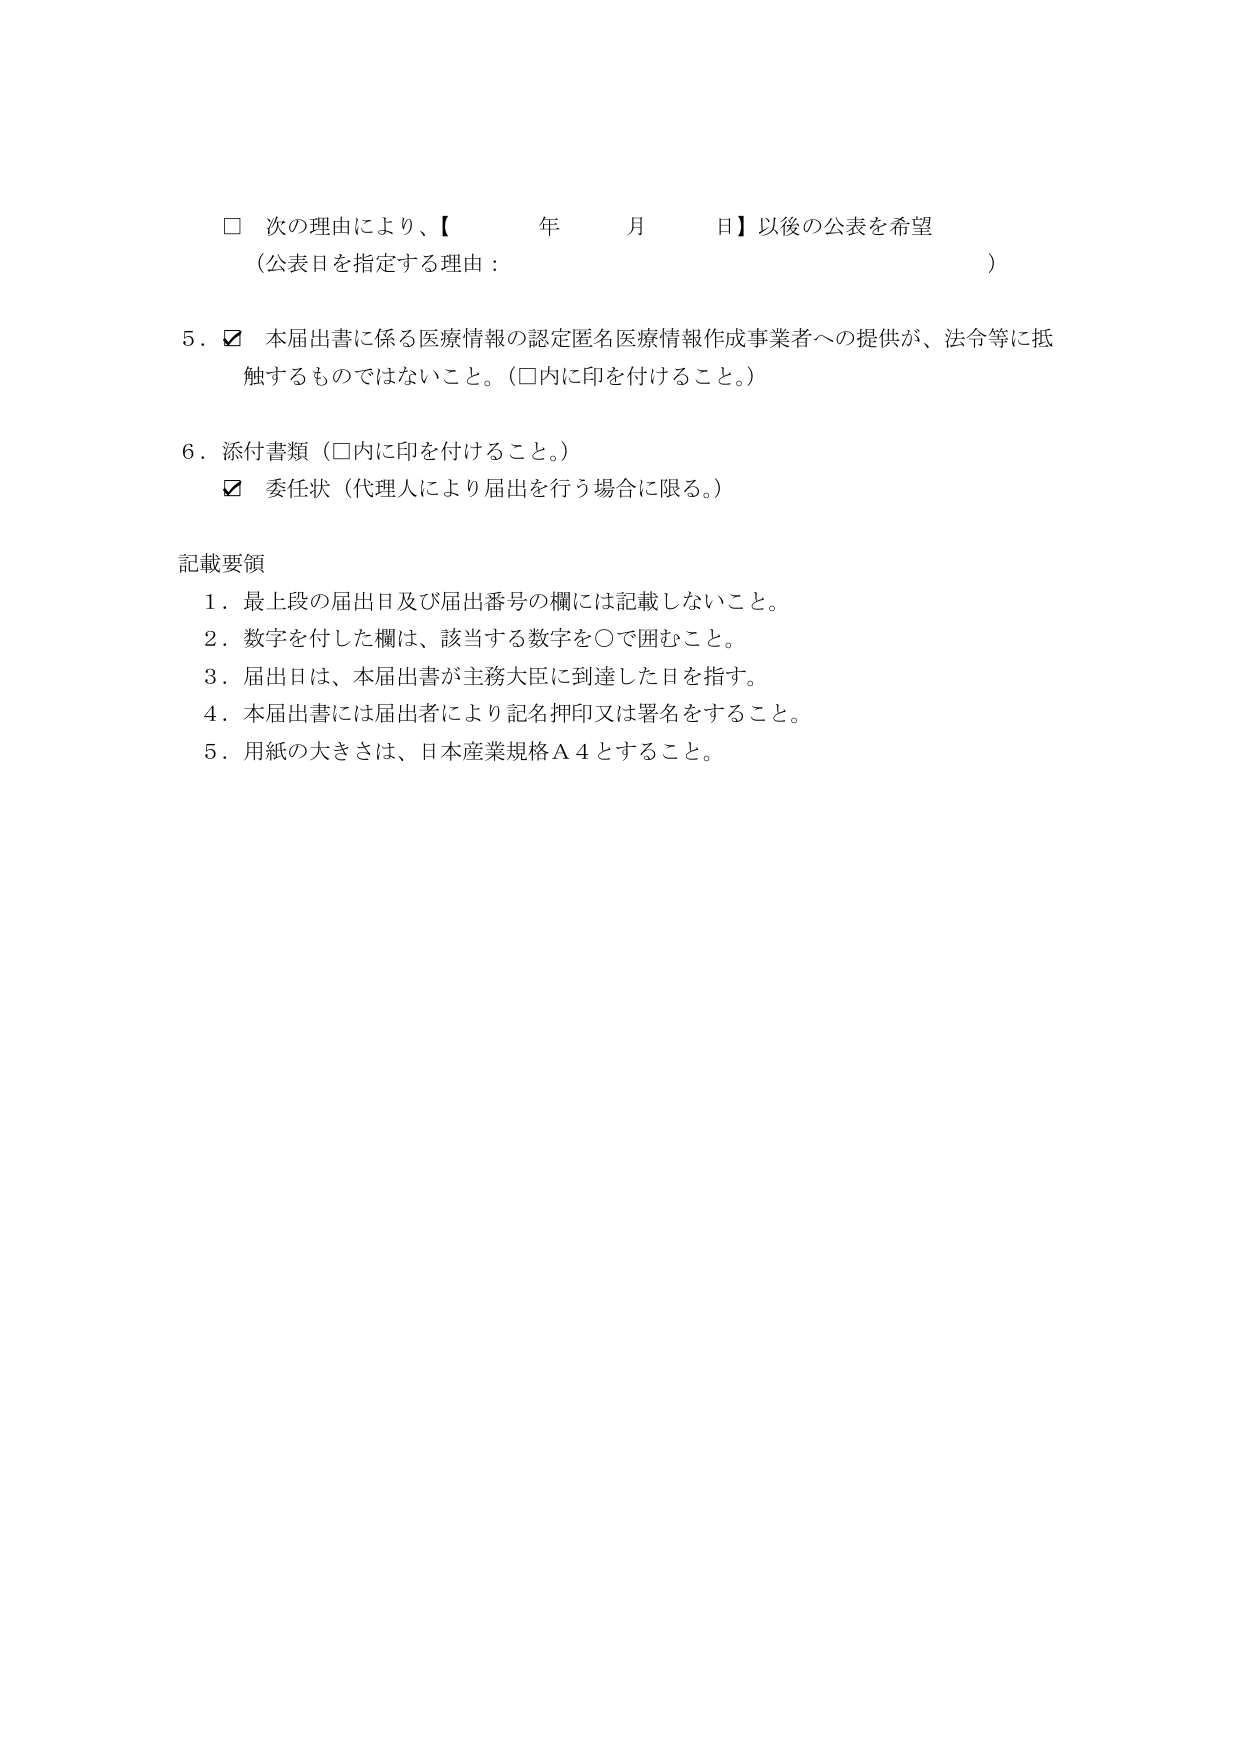
□ 次の理由により、【　　　年　　　月　　　日】以後の公表を希望
（公表日を指定する理由：　　　　　　　　　　　　　　　　　　　　）

5．☑ 本届出書に係る医療情報の認定匿名医療情報作成事業者への提供が、法令等に抵触するものではないこと。（□内に印を付けること。）

6．添付書類（□内に印を付けること。）
　　☑ 委任状（代理人により届出を行う場合に限る。）

記載要領
1．最上段の届出日及び届出番号の欄には記載しないこと。
2．数字を付した欄は、該当する数字を○で囲むこと。
3．届出日は、本届出書が主務大臣に到達した日を指す。
4．本届出書には届出者により記名押印又は署名をすること。
5．用紙の大きさは、日本産業規格Ａ４とすること。